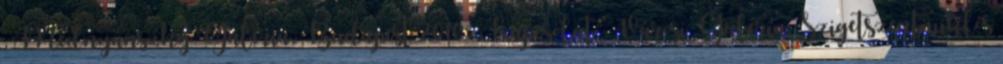
, Mednyánszky Galéria, Budapest 2010: „Kapcsolat”, Városi Galéria, Szigetszentmiklós